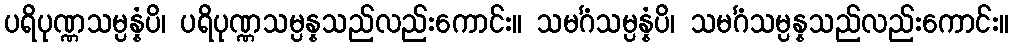
ပရိပုဏ္ဏသမ္ပန္နံပိ၊ ပရိပုဏ္ဏသမ္ပန္နသည်လည်းကောင်း။ သမင်္ဂံသမ္ပန္နံပိ၊ သမင်္ဂံသမ္ပန္နသည်လည်းကောင်း။